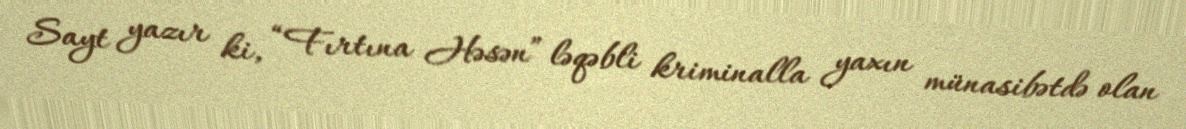
Sayt yazır ki, “Fırtına Həsən” ləqəbli kriminalla yaxın münasibətdə olan